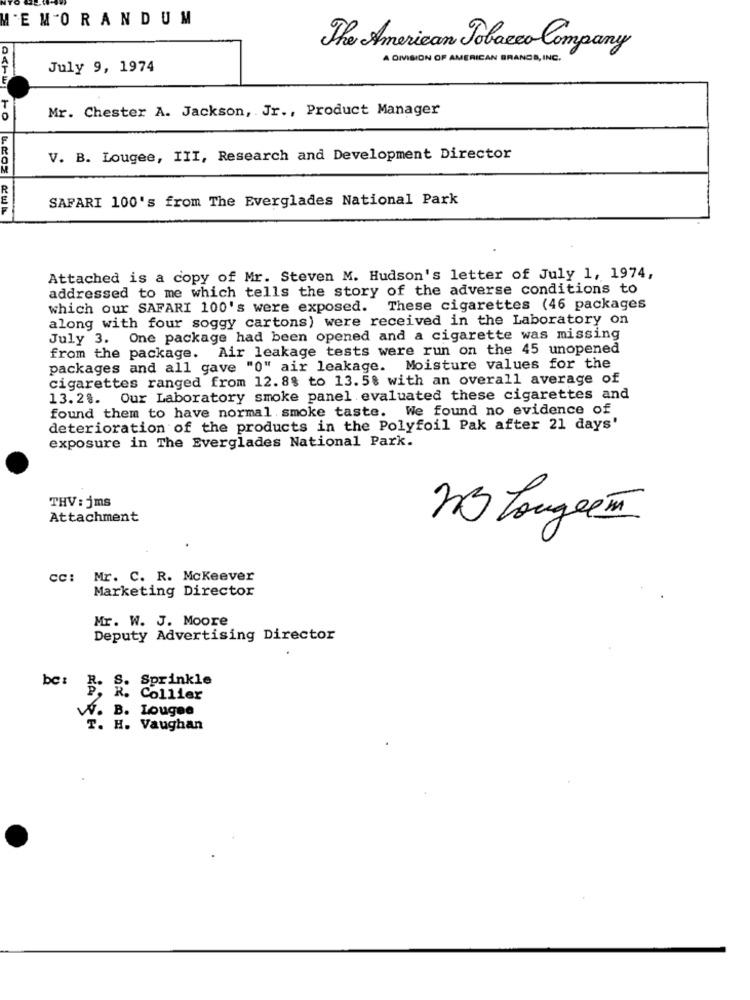
MEMORANDUM
The American Tobacco Company
A DIVISION OF AMERICAN BRANCES , INC .
July 9, 1974
Mr. Chester A. Jackson, Jr ., Product Manager
V. B. Lougee, III, Research and Development Director
SAFARI 100's from The Everglades National Park
Attached is a copy of Mr. Steven M. Hudson's letter of July 1, 1974,
addressed to me which tells the story of the adverse conditions to
which our SAFARI 100's were exposed. These cigarettes (46 packages
along with four soggy cartons) were received in the Laboratory on
July 3. One package had been opened and a cigarette was missing
from the package. Air leakage tests were run on the 45 unopened
packages and all gave "0" air leakage. Moisture values for the
cigarettes ranged from 12. 8% to 13.58 with an overall average of
13.2%. Our Laboratory smoke panel evaluated these cigarettes and
found them to have normal smoke taste. We found no evidence of
deterioration of the products in the Polyfoil Pak after 21 days'
exposure in The Everglades National Park.
THV : jms
Attachment
23 Zougeen
CC:
Mr. C. R. Mckeever
Marketing Director
Mr. W. J. Moore
Deputy Advertising Director
bc :
R. S. Sprinkle
R. Collier
W. B. Lougee
T. H. Vaughan